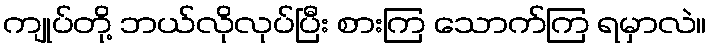
ကျုပ်တို့ ဘယ်လိုလုပ်ပြီး စားကြ သောက်ကြ ရမှာလဲ။